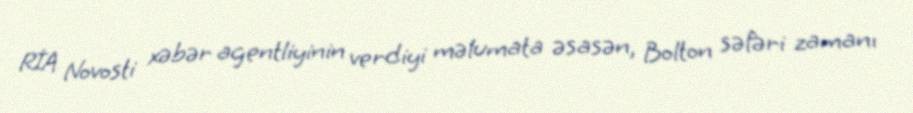
RİA Novosti xəbər agentliyinin verdiyi məlumata əsasən, Bolton səfəri zamanı